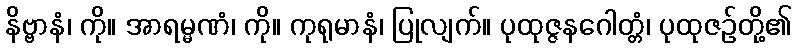
နိဗ္ဗာနံ၊ ကို။ အာရမ္မဏံ၊ ကို။ ကုရုမာနံ၊ ပြုလျက်။ ပုထုဇ္ဇနဂေါတ္တံ၊ ပုထုဇဉ်တို့၏